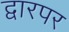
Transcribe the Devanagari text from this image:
द्वारपर